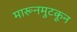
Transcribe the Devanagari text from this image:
मारूनमुटकून